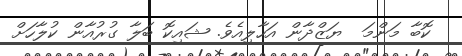
ކޮބާ މަންމަ  ޔަޒްދާން އަހާލިއެވެ. ޝައިކޮ ބަލާ ގުރުއާން ކުލާހަށް